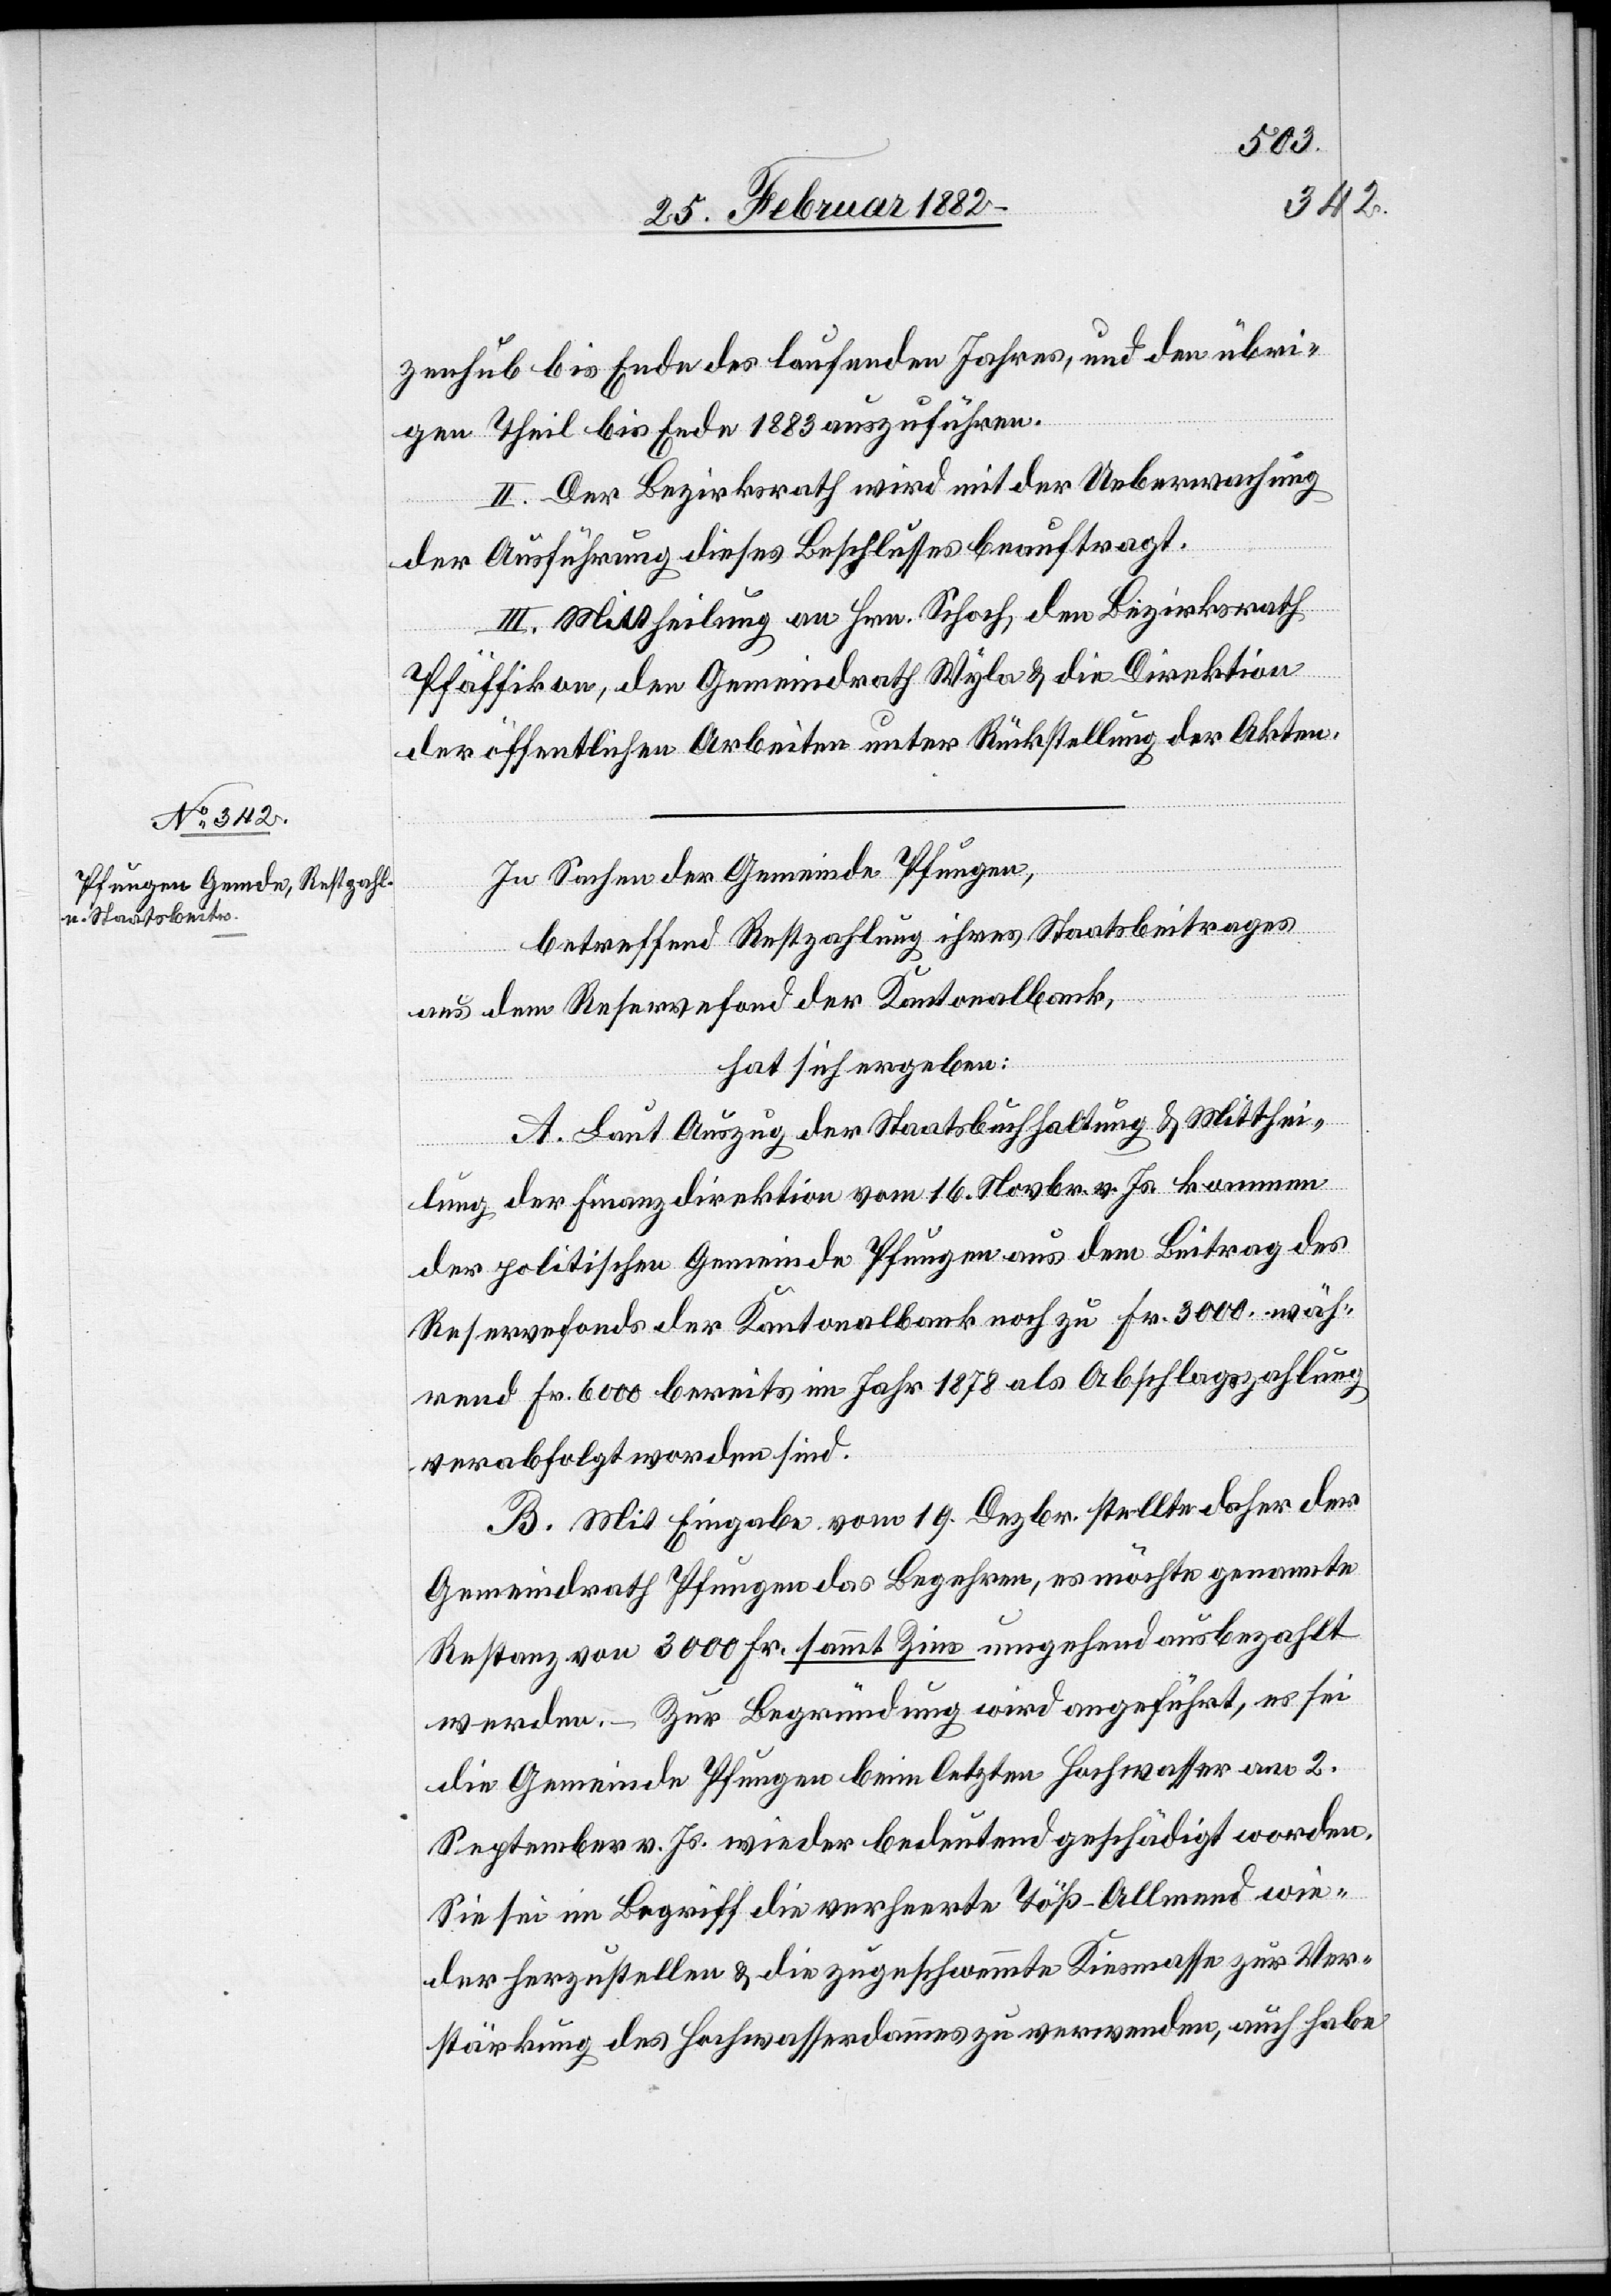
zenhub bis Ende des laufenden Jahres, und den übri¬
gen Theil bis Ende 1883 auszuführen.
II. Der Bezirksrath wird mit der Ueberwachung
der Ausführung dieses Beschlusses beauftragt.
III. Mittheilung an Hrn. Schoch, den Bezirksrath
Pfäffikon, den Gemeindrath Wyla & die Direktion
der öffentlichen Arbeiten unter Rückstellung der Akten.
In Sachen der Gemeinde Pfungen,
betreffend Restzahlung ihres Staatsbeitrages
aus dem Reservefond der Kantonalbank,
hat sich ergeben:
A. Laut Auszug der Staatsbuchhaltung & Mitthei¬
lung der Finanzdirektion vom 16. Novbr. v. Js. kommen
der politischen Gemeinde Pfungen aus dem Beitrag des
Reservefonds der Kantonalbank noch zu Fr. 3000, wäh¬
rend Fr.6000 bereits im Jahr 1878 als Abschlagszahlung
verabfolgt worden sind.
B. Mit Eingabe vom 19. Dezbr. stellt daher der
Gemeindrath Pfungen das Begehren, es möchte genannte
Restanz von 3000 Fr. sammt Zins umgehend ausbezahlt
werden. – zur Begründung wird angeführt, es sei
die Gemeinde Pfungen beim letzten Hochwasser am 2.
September v. Js. wieder bedeutend geschädigt worden.
Sie sei im Begriff die verheerte Töß-Allmend wie¬
der herzustellen & die zugeschwemmte Kiesmasse zur Ver¬
stärkung des Hochwasserdammes zu verwenden, auch habe